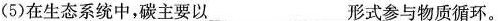
(5)在生态系统中，碳主要以形式参与物质循环。